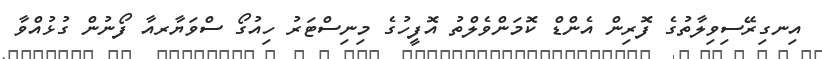
އިނގިރޭސިވިލާތުގެ ފޮރިން އެންޑް ކޮމަންވެލްތު އޮފީހުގެ މިނިސްޓަރު ހިއުގޯ ސްވަޔާރއާ ފޯނުން ގުޅުއްވާ